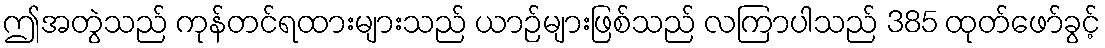
ဤအတွဲသည် ကုန်တင်ရထားများသည် ယာဉ်များဖြစ်သည် လကြာပါသည် 385 ထုတ်ဖော်ခွင့်